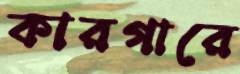
কারগারে